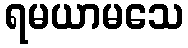
ရမယာမသေ